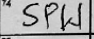
Transcription: SPW